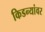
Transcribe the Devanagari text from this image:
किडन्यांवर